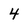
Character: 4